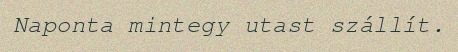
Naponta mintegy utast szállít.